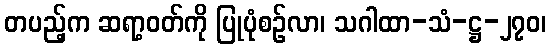
တပည့်က ဆရာ့ဝတ်ကို ပြုပုံစဉ်လာ၊ သဂါထာ-သံ-ဋ္ဌ-၂၇၀၊